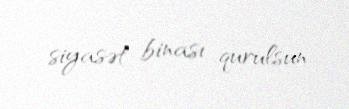
siyasət binası qurulsun.